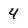
Character: 4